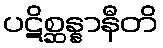
ပဋိစ္ဆန္နာနီတိ